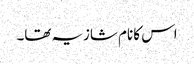
اس کا نام شازیہ تھا۔